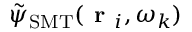
\Tilde { \psi } _ { \mathrm { S M T } } ( \textbf { r } _ { i } , \omega _ { k } )